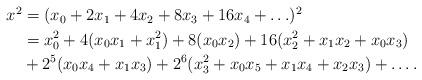
LaTeX: \begin{align*}\begin{aligned}x^2&= (x_0+2x_1+4x_2+ 8x_3+ 16x_4 + \ldots)^2 \\{}&= x_0^2+4(x_0x_1+x_1^2)+8(x_0x_2)+16(x_2^2+x_1x_2+x_0x_3)\\{}&+2^5(x_0x_4+x_1x_3)+2^6(x_3^2+x_0x_5+x_1x_4+x_2x_3)+ \ldots.\end{aligned}\end{align*}